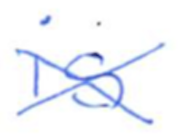
Text: is
Cross-out: cross
Writing tool: ballpoint